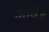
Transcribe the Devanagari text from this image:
आवै॥